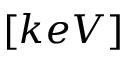
[ k e V ]